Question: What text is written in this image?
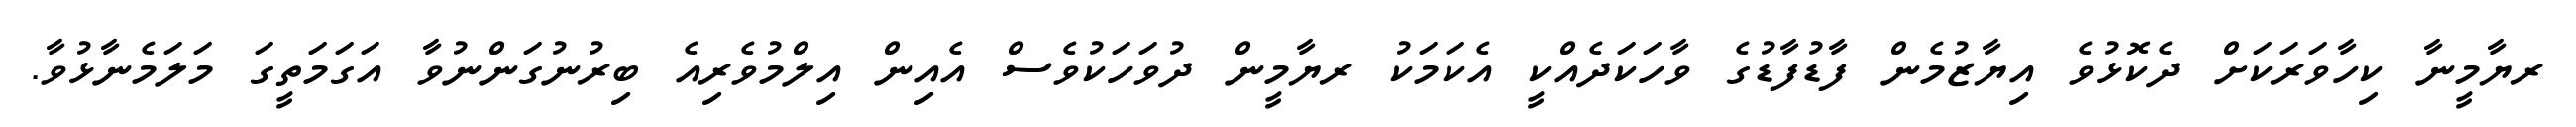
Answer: ރޔާމީނާ ކިހާވަރަކަށް ދެކޮޅުވެ އިޔާޒުމެން ފާޑުފާޑުގެ ވާހަކަދެއްކީ އެކަމަކު ރޔާމީން ދުވަހަކުވެސް އެއިން އިލްމުވެރިއެ ބިރުނުގަންނުވާ އަގަމަތީގަ މަލަމެނާޅުވާ.